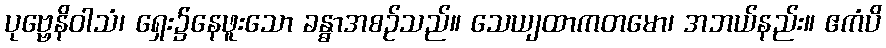
ပုဗ္ဗေနိဝါသံ၊ ရှေး၌နေဖူးသော ခန္ဓာအစဉ်သည်။ သေယျထာကတမော၊ အဘယ်နည်း။ ဧကံပိ